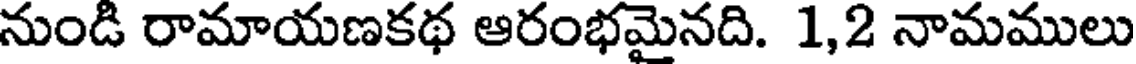
నుండి రామాయణకథ ఆరంభమైనది. 1,2 నామములు